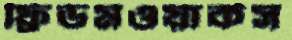
ফ্রিডমওয়ার্কস